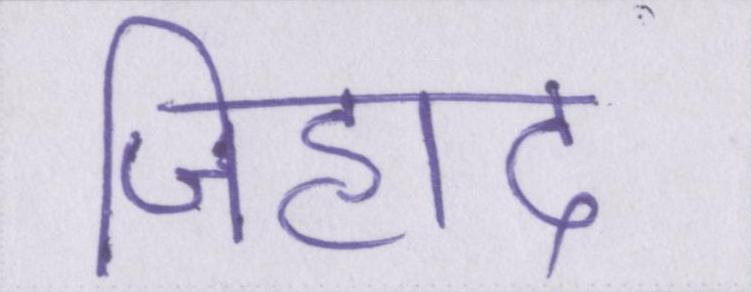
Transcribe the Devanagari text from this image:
जिहाद